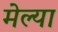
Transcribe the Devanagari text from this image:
मेल्‍या